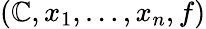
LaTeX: (\mathbb{C},x_{1},\ldots,x_{n},f)